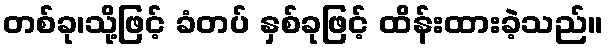
တစ်ခု၊သို့ဖြင့် ခံတပ် နှစ်ခုဖြင့် ထိန်းထားခဲ့သည်။